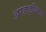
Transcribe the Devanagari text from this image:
अरहाइथ्मिया